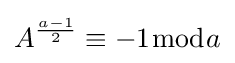
A^{\frac {a-1}{2}}\equiv -1{\bmod {a}}